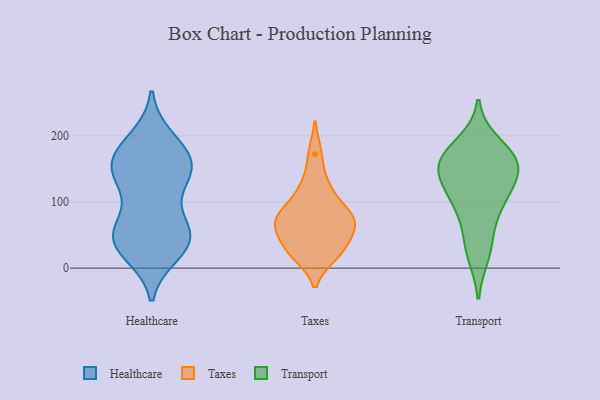
{"axis": {"x": "Gross Profit (USD K)", "y": "Value"}, "legend": ["Healthcare", "Taxes", "Transport"], "data": [{"x": "", "y": 149, "type": "Healthcare"}, {"x": "", "y": 46, "type": "Healthcare"}, {"x": "", "y": 194, "type": "Healthcare"}, {"x": "", "y": 133, "type": "Healthcare"}, {"x": "", "y": 182, "type": "Healthcare"}, {"x": "", "y": 37, "type": "Healthcare"}, {"x": "", "y": 174, "type": "Healthcare"}, {"x": "", "y": 47, "type": "Healthcare"}, {"x": "", "y": 70, "type": "Healthcare"}, {"x": "", "y": 164, "type": "Healthcare"}, {"x": "", "y": 145, "type": "Healthcare"}, {"x": "", "y": 36, "type": "Healthcare"}, {"x": "", "y": 43, "type": "Healthcare"}, {"x": "", "y": 133, "type": "Healthcare"}, {"x": "", "y": 65, "type": "Healthcare"}, {"x": "", "y": 24, "type": "Healthcare"}, {"x": "", "y": 150, "type": "Healthcare"}, {"x": "", "y": 37, "type": "Taxes"}, {"x": "", "y": 172, "type": "Taxes"}, {"x": "", "y": 71, "type": "Taxes"}, {"x": "", "y": 77, "type": "Taxes"}, {"x": "", "y": 124, "type": "Taxes"}, {"x": "", "y": 114, "type": "Taxes"}, {"x": "", "y": 26, "type": "Taxes"}, {"x": "", "y": 76, "type": "Taxes"}, {"x": "", "y": 60, "type": "Taxes"}, {"x": "", "y": 25, "type": "Taxes"}, {"x": "", "y": 21, "type": "Taxes"}, {"x": "", "y": 78, "type": "Taxes"}, {"x": "", "y": 70, "type": "Taxes"}, {"x": "", "y": 160, "type": "Transport"}, {"x": "", "y": 169, "type": "Transport"}, {"x": "", "y": 190, "type": "Transport"}, {"x": "", "y": 153, "type": "Transport"}, {"x": "", "y": 138, "type": "Transport"}, {"x": "", "y": 103, "type": "Transport"}, {"x": "", "y": 120, "type": "Transport"}, {"x": "", "y": 91, "type": "Transport"}, {"x": "", "y": 18, "type": "Transport"}, {"x": "", "y": 48, "type": "Transport"}, {"x": "", "y": 159, "type": "Transport"}]}